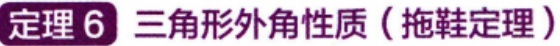
定理 6 三角形外角性质（拖鞋定理）